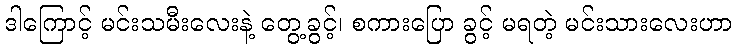
ဒါကြောင့် မင်းသမီးလေးနဲ့ တွေ့ခွင့်၊ စကားပြော ခွင့် မရတဲ့ မင်းသားလေးဟာ